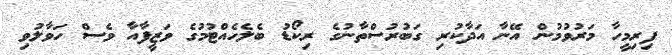
ފިރިމީހާ މަރުވުމުން އޭނާ އަދާކުރި ގަބުރުސްތާނުގެ ރިކޯޑު ބެލެހެއްޓުމުގެ ވަޒީފާއާ ވެސް ހަވާލުވި